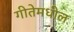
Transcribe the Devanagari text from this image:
गीतेमधील